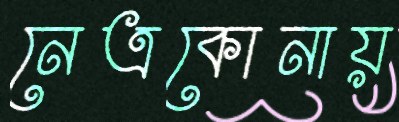
নেত্রকোনায়